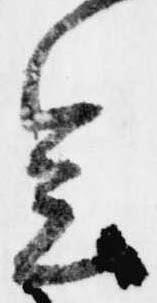
会